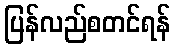
ပြန်လည်စတင်ရန်